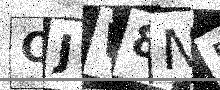
Text: OJW8NR